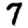
Digit: 7